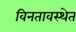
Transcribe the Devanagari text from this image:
विनतावस्थेत